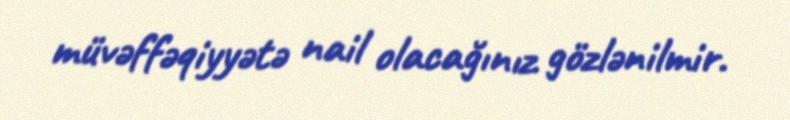
müvəffəqiyyətə nail olacağınız gözlənilmir.